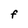
Character: F